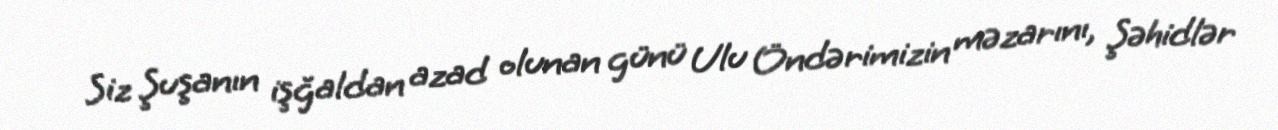
Siz Şuşanın işğaldan azad olunan günü Ulu Öndərimizin məzarını, Şəhidlər